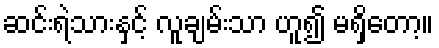
ဆင်းရဲသားနှင့် လူချမ်းသာ ဟူ၍ မရှိတော့။